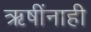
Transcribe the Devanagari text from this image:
ऋषींनाही